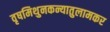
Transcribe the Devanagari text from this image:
वृषमिथुनकन्यातुलामकर